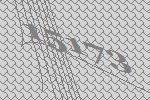
15173